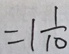
= 1 \frac { 1 } { 1 0 }